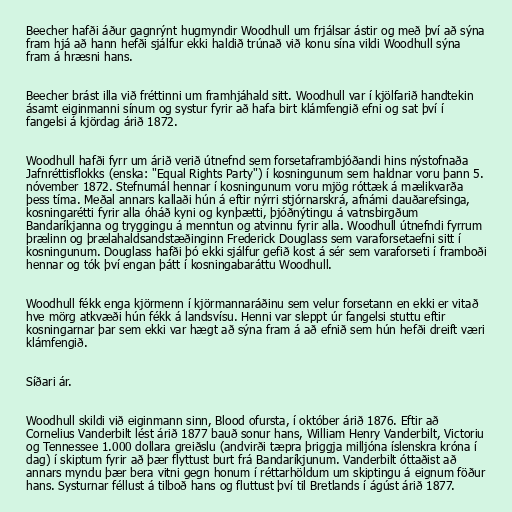
Beecher hafði áður gagnrýnt hugmyndir Woodhull um frjálsar ástir og með því að sýna
fram hjá að hann hefði sjálfur ekki haldið trúnað við konu sína vildi Woodhull sýna
fram á hræsni hans.

Beecher brást illa við fréttinni um framhjáhald sitt. Woodhull var í kjölfarið handtekin
ásamt eiginmanni sínum og systur fyrir að hafa birt klámfengið efni og sat því í
fangelsi á kjördag árið 1872.

Woodhull hafði fyrr um árið verið útnefnd sem forsetaframbjóðandi hins nýstofnaða
Jafnréttisflokks (enska: "Equal Rights Party") í kosningunum sem haldnar voru þann 5.
nóvember 1872. Stefnumál hennar í kosningunum voru mjög róttæk á mælikvarða
þess tíma. Meðal annars kallaði hún á eftir nýrri stjórnarskrá, afnámi dauðarefsinga,
kosningarétti fyrir alla óháð kyni og kynþætti, þjóðnýtingu á vatnsbirgðum
Bandaríkjanna og tryggingu á menntun og atvinnu fyrir alla. Woodhull útnefndi fyrrum
þrælinn og þrælahaldsandstæðinginn Frederick Douglass sem varaforsetaefni sitt í
kosningunum. Douglass hafði þó ekki sjálfur gefið kost á sér sem varaforseti í framboði
hennar og tók því engan þátt í kosningabaráttu Woodhull.

Woodhull fékk enga kjörmenn í kjörmannaráðinu sem velur forsetann en ekki er vitað
hve mörg atkvæði hún fékk á landsvísu. Henni var sleppt úr fangelsi stuttu eftir
kosningarnar þar sem ekki var hægt að sýna fram á að efnið sem hún hefði dreift væri
klámfengið.

Síðari ár.

Woodhull skildi við eiginmann sinn, Blood ofursta, í október árið 1876. Eftir að
Cornelius Vanderbilt lést árið 1877 bauð sonur hans, William Henry Vanderbilt, Victoriu
og Tennessee 1.000 dollara greiðslu (andvirði tæpra þriggja milljóna íslenskra króna í
dag) í skiptum fyrir að þær flyttust burt frá Bandaríkjunum. Vanderbilt óttaðist að
annars myndu þær bera vitni gegn honum í réttarhöldum um skiptingu á eignum föður
hans. Systurnar féllust á tilboð hans og fluttust því til Bretlands í ágúst árið 1877.